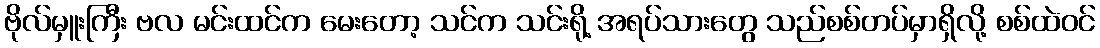
ဗိုလ်မှူးကြီး ဗလ မင်းထင်က မေးတော့ သင်က သင်းရို့ အရပ်သားတွေ သည်စစ်တပ်မှာရှိလို့ စစ်ထဲဝင်